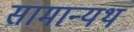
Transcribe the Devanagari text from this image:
सामान्यथ